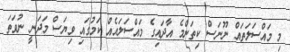
މި މައްސަލަތައް ނޫނަސް ކިތަންމެ އާދައިގެ މައްސަލައެއް ކަމުގައި ވިޔަސް މަދަނީ ނުވަތަ